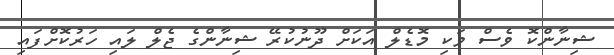
ޝިނާންކޮ ވެސް ވަކި މޮޑެލް އަކަށް ދޫނުކުރޭ ޝިނާންގެ ޖެލް ލައި ހަރުކޮށްފައި